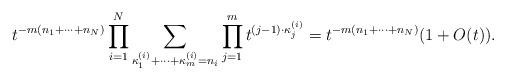
LaTeX: \begin{align*}t^{-m(n_1+\cdots+n_N)}\prod_{i=1}^N\sum_{\kappa_1^{(i)}+\cdots+\kappa_m^{(i)}=n_i}\prod_{j=1}^{m} t^{(j-1)\cdot \kappa_{j}^{(i)}}=t^{-m(n_1+\cdots+n_N)}(1+O(t)).\end{align*}